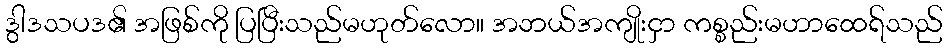
ဒွါဒသပဒ၏ အဖြစ်ကို ပြပြီးသည်မဟုတ်လော။ အဘယ်အကျိုးငှာ ကစ္စည်းမဟာထေရ်သည်